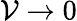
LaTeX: \mathcal{V}\rightarrow0